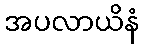
အပလာယိနံ